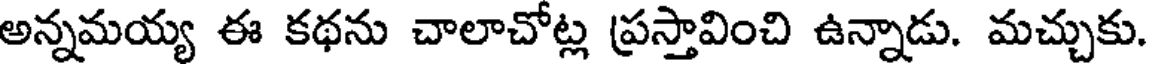
అన్నమయ్య ఈ కథను చాలాచోట్ల ప్రస్తావించి ఉన్నాడు. మచ్చుకు.